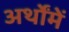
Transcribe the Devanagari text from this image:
अर्थोंमें